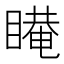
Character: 𰥿